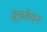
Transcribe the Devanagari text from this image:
ब्रूकहेवन